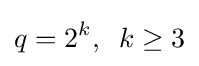
q=2^{k},\;\;k\geq 3